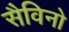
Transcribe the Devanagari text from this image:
सैविनो